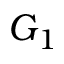
G _ { 1 }